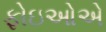
ફોઇઓએ